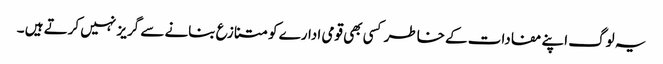
یہ لوگ اپنے مفادات کے خاطر کسی بھی قومی ادارے کو متنازع بنانے سے گریز نہیں کرتے ہیں ۔